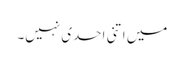
میں اتنی احدی نہیں۔